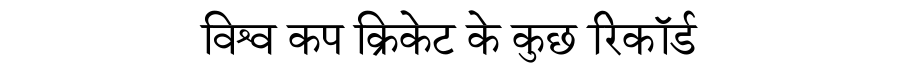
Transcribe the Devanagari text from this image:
विश्व कप क्रिकेट के कुछ रिकॉर्ड